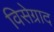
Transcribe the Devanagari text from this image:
विसेग्राद